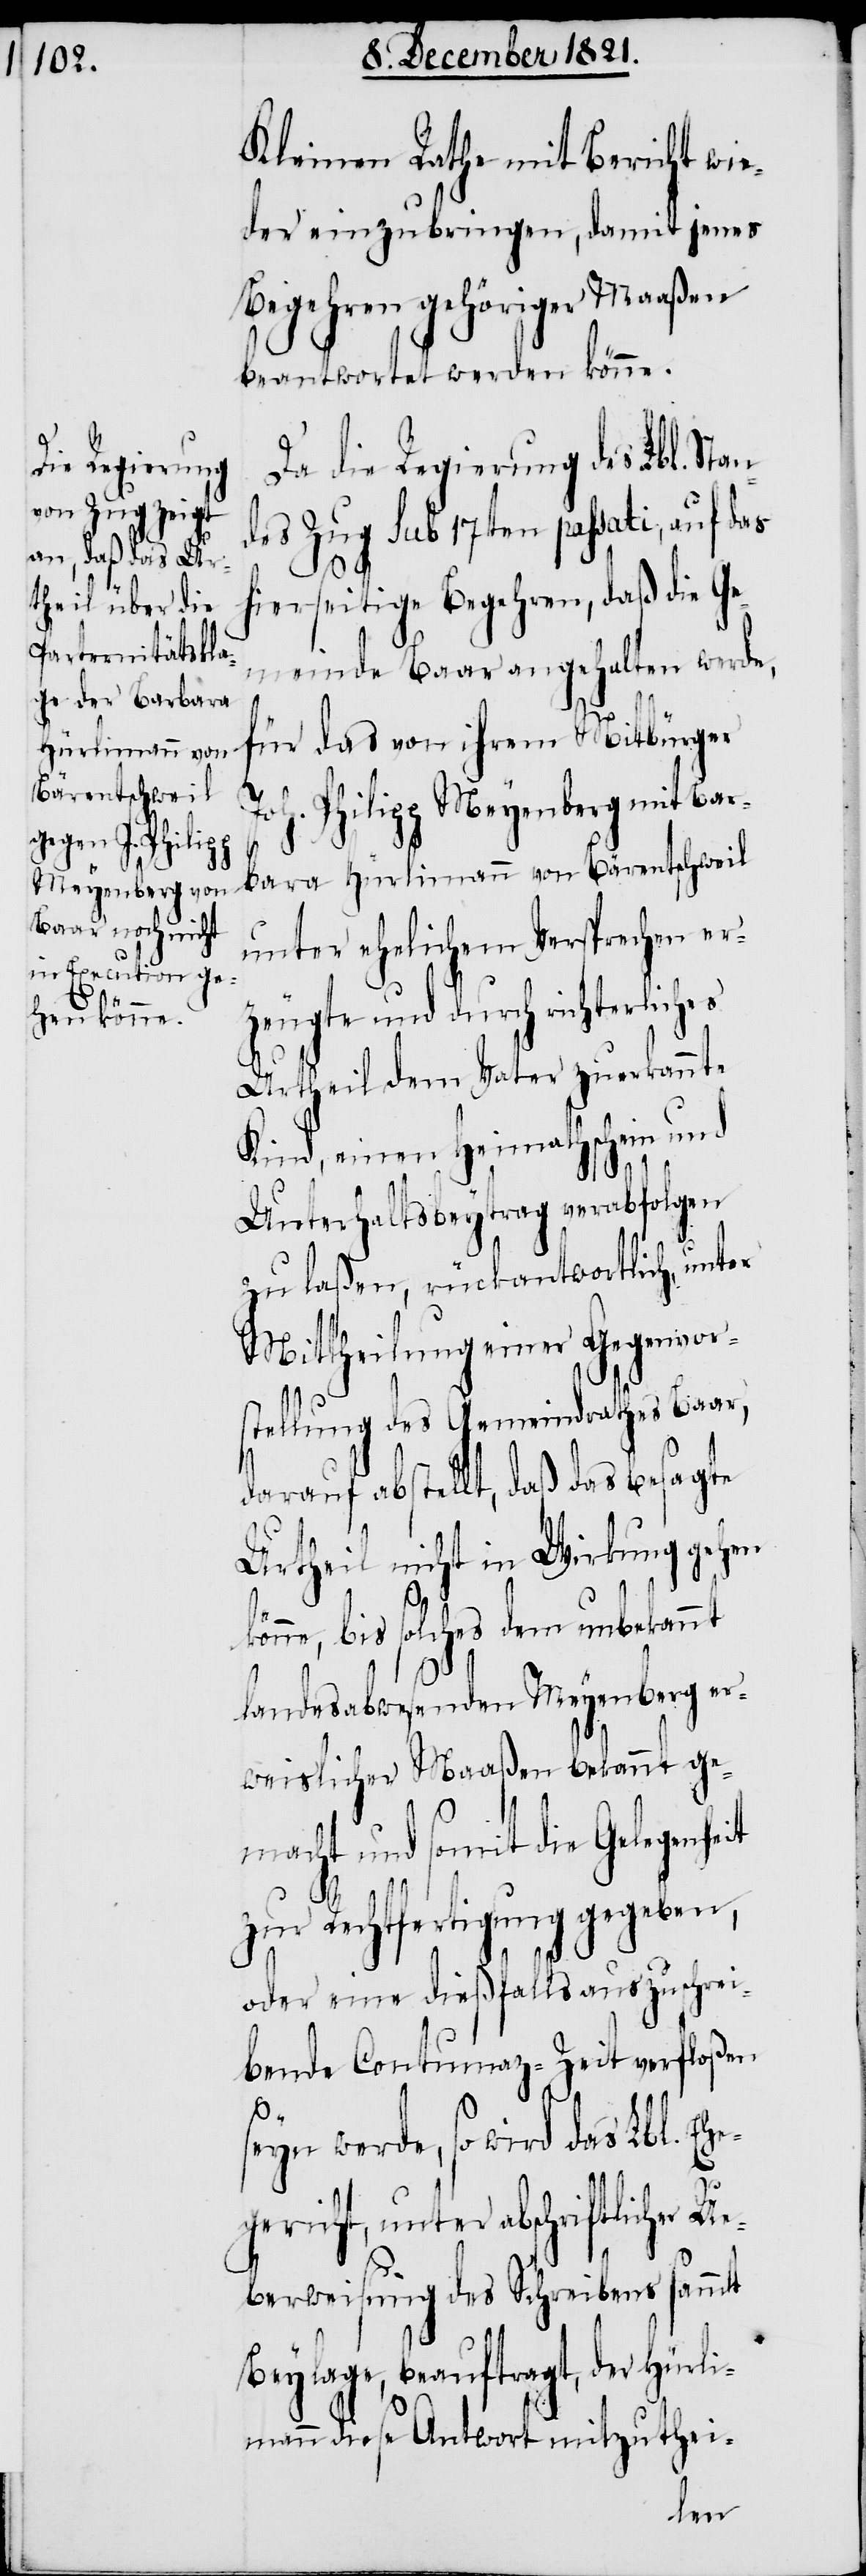
Kleinen Rathe mit Bericht wie¬
der einzubringen, damit jenes
Begehren gehöriger Maaßen
beantwortet werden könne.
Da die Regierung des Lbl. Sta¬
des Zug sub 17ten passati, auf das
hierseitige Begehren, daß die Ge¬
meinde Baar angehalten werde,
für das von ihrem Mitbürger
oh. Philipp Meyenberg mit Bar¬
bara Hürlimann von Bärentschweil
unter ehelichem Versprechen er¬
zeugte und durch richterliches
Urtheil dem Vater zuerkannte
Kind, einen Heimathschein und
J¬
Unterhaltsbeytrag verabfolgen
zu laßen, rückantwortlich, unter
Mittheilung einer Gegenvor¬
stellung des Gemeindrathes Baar,
darauf abstellt, daß das besagte
Urtheil nicht in Wirkung gehen
bis solches dem unbekannt
landesabwesenden Meyenberg er¬
weislicher Maaßen bekannt ge¬
macht und somit die Gelegenheit
zur Rechtfertigung gegeben,
oder eine dießfalls auszuschrei¬
bende Contumaz-Zeit verfloßen
seyn werde, so wird das Lbl. Ehe¬
gericht, unter abschriftlicher U¬
eberweisung des Schreibens sammt
Beylage, beauftragt, der Hürli¬
mann diese Antwort mitzuthei-